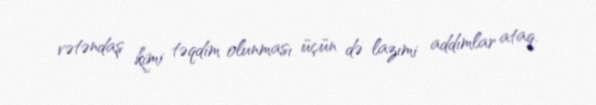
vətəndaş kimi təqdim olunması üçün də lazımi addımlar ataq.